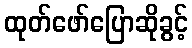
ထုတ်ဖော်ပြောဆိုခွင့်